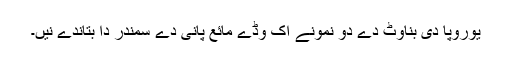
یوروپا دی بناوٹ دے دو نمونے اک وڈے مائع پانی دے سمندر دا بتاندے نيں۔